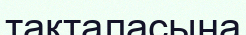
тақталасына